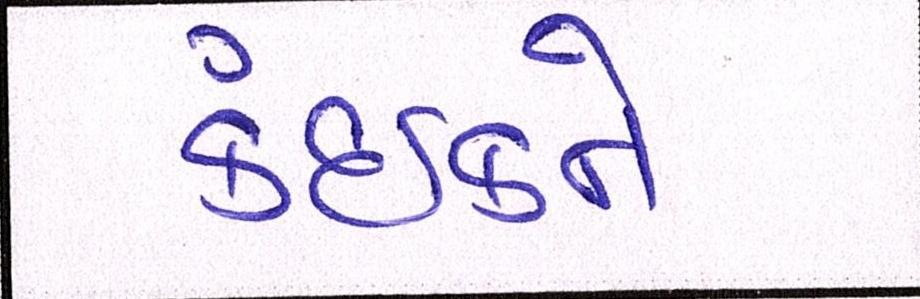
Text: કંઈકને